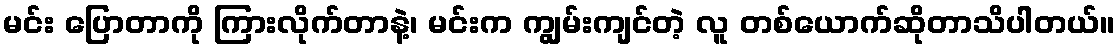
မင်း ပြောတာကို ကြားလိုက်တာနဲ့၊ မင်းက ကျွမ်းကျင်တဲ့ လူ တစ်ယောက်ဆိုတာသိပါတယ်။